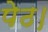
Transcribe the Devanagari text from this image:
पेठ।